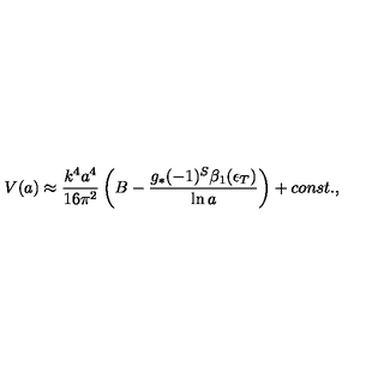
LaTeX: { V } ( a ) \approx { \frac { k ^ { 4 } a ^ { 4 } } { 1 6 \pi ^ { 2 } } } \left( B - { \frac { g _ { * } ( - 1 ) ^ { S } \beta _ { 1 } ( \epsilon _ { T } ) } { \ln a } } \right) + c o n s t . ,